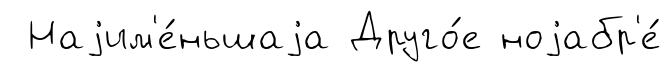
Наjим'е́ньшаjа Друго́е ноjабр'е́